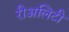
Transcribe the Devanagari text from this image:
रीअलिटी